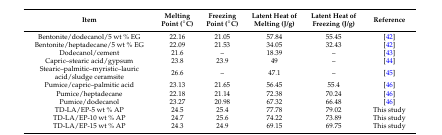
<table><thead><tr><td><b>Item</b></td><td><b>Melting Point (°C)</b></td><td><b>Freezing Point (°C)</b></td><td><b>Latent Heat of Melting (J/g)</b></td><td><b>Latent Heat of Freezing (J/g)</b></td><td><b>Reference</b></td></tr></thead><tbody><tr><td>Bentonite/dodecanol/5 wt % EG</td><td>22.16</td><td>21.05</td><td>57.84</td><td>55.45</td><td>[42]</td></tr><tr><td>Bentonite/heptadecane/5 wt % EG</td><td>22.09</td><td>21.53</td><td>34.05</td><td>32.43</td><td>[42]</td></tr><tr><td>Dodecanol/cement</td><td>21.6</td><td>–</td><td>18.39</td><td>–</td><td>[43]</td></tr><tr><td>Capric–stearic acid/gypsum</td><td>23.8</td><td>23.9</td><td>49</td><td>–</td><td>[44]</td></tr><tr><td>Stearic–palmitic–myristic–lauric acid/sludge ceramsite</td><td>26.6</td><td>–</td><td>47.1</td><td>–</td><td>[45]</td></tr><tr><td>Pumice/capric–palmitic acid</td><td>23.13</td><td>21.65</td><td>56.45</td><td>55.4</td><td>[46]</td></tr><tr><td>Pumice/heptadecane</td><td>22.18</td><td>21.14</td><td>72.38</td><td>70.24</td><td>[46]</td></tr><tr><td>Pumice/dodecanol</td><td>23.27</td><td>20.98</td><td>67.32</td><td>66.48</td><td>[46]</td></tr><tr><td>TD-LA/EP-5 wt % AP</td><td>24.5</td><td>25.4</td><td>77.78</td><td>79.02</td><td>This study</td></tr><tr><td>TD-LA/EP-10 wt % AP</td><td>24.7</td><td>25.6</td><td>74.22</td><td>73.89</td><td>This study</td></tr><tr><td>TD-LA/EP-15 wt % AP</td><td>24.3</td><td>24.9</td><td>69.15</td><td>69.75</td><td>This study</td></tr></tbody></table>